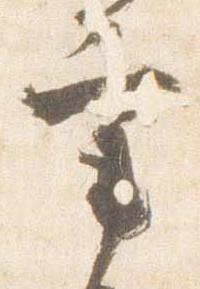
宰